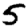
Digit: 5